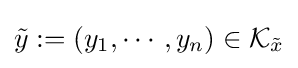
{\tilde {y}}:=(y_{1},\cdots ,y_{n})\in {\mathcal {K}}_{\tilde {x}}